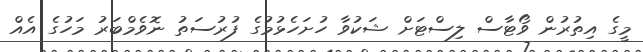
މީގެ އިތުރުން ވޯޓާސް ލިސްޓަށް ޝަކުވާ ހުށަހެޅުމުގެ ފުރުސަތު ނޮވެމްބަރު މަހުގެ އެއް